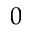
0